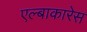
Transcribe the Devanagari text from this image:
एल्बाकारेस